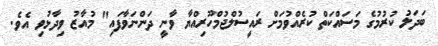
ބަދަލު ކުރުމުގެ މަސައްކަތް ކުރެއްވުމަށް ރައީސުލްޖުމްހޫރިއްޔާ ވާނީ ދަންނަވާފައި" މުއާޒު ވިދާޅުވި އެވެ.